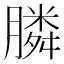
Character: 膦